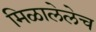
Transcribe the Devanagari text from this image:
मिळालेलेच